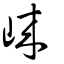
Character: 崍